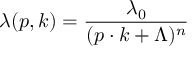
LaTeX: \lambda ( p , k ) = { \frac { \lambda _ { 0 } } { ( p \cdot k + \Lambda ) ^ { n } } }